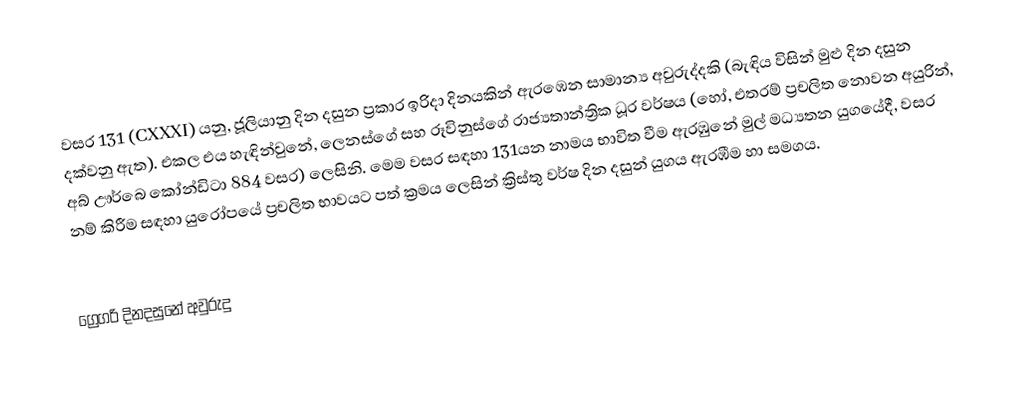

වසර 131 (CXXXI) යනු,  ජූලියානු දින දසුන ප්‍රකාර   ඉරිදා දිනයකින් ඇරඹෙන සාමාන්‍ය අවුරුද්දකි  (බැඳිය විසින් මුළු දින දසුන දක්වනු ඇත). එකල එය හැඳින්වුනේ, ලෙනස්ගේ සහ රූවිනුස්ගේ රාජ්‍යතාන්ත්‍රික  ධූර වර්ෂය (හෝ, එතරම් ප්‍රචලිත නොවන අයුරින්,  අබ් ඌර්බෙ කෝන්ඩිටා  884 වසර) ලෙසිනි.  මෙම වසර සඳහා 131යන නාමය භාවිත වීම ඇරඹුනේ මුල් මධ්‍යතන යුගයේදී, වසර නම් කිරීම සඳහා යුරෝපයේ ප්‍රචලිත භාවයට පත් ක්‍රමය ලෙසින් ක්‍රිස්තු වර්ෂ දින දසුන් යුගය ඇරඹීම හා සමගය.

ග්‍රෙගරි දිනදසුනේ අවුරුදු